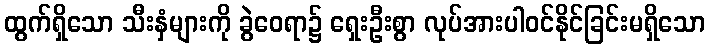
ထွက်ရှိသော သီးနှံများကို ခွဲဝေရာ၌ ရှေးဦးစွာ လုပ်အားပါဝင်နိုင်ခြင်းမရှိသော